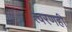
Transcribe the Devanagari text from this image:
त्वरणही